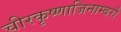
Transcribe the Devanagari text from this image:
चीरकृष्णाजिनाम्बरौ